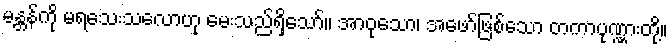
မန္တန်ကို မရသေးသလောဟု မေးသည်ရှိသော်။ အာဝုသော၊ အဖော်ဖြစ်သော တကာပုဏ္ဏားတို့။